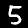
Digit: 5